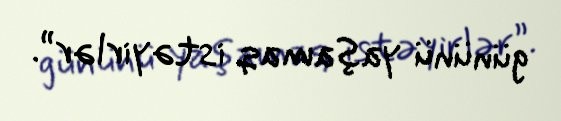
gününü yaşamaq istəyirlər”.